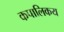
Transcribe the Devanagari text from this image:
कपालिकय